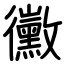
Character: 黴